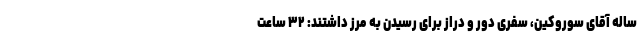
ساله آقای سوروکین، سفری دور و دراز برای رسیدن به مرز داشتند: ۳۲ ساعت